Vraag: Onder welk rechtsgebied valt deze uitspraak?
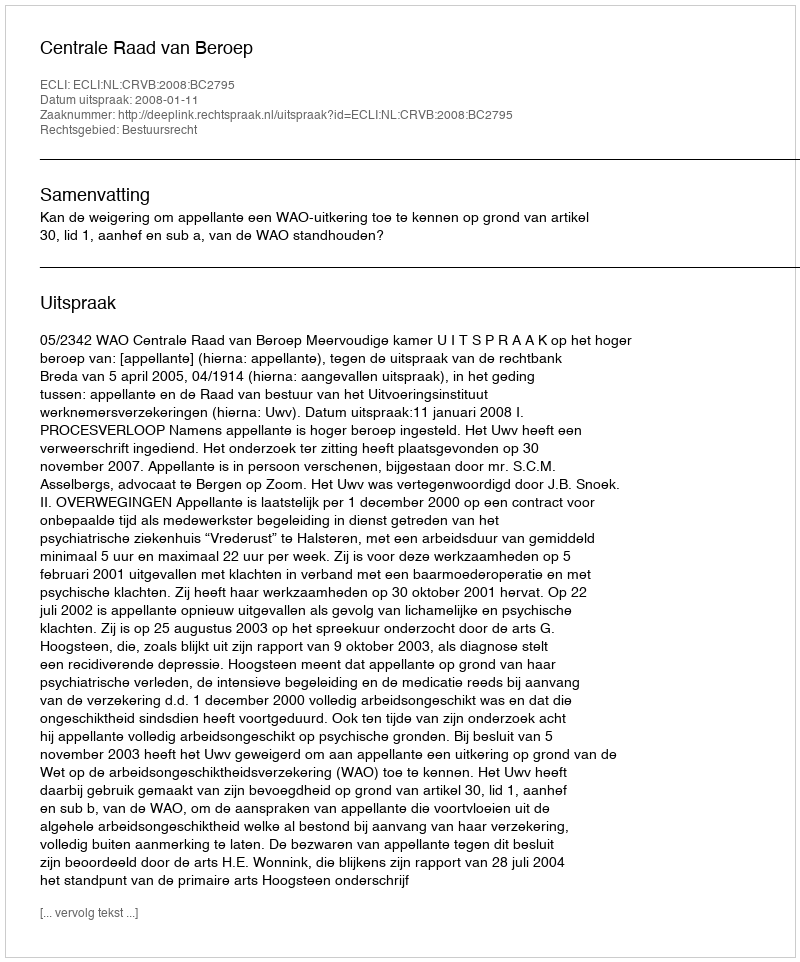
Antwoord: Bestuursrecht